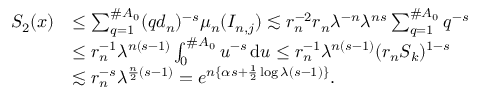
\begin{array} { r l } { S _ { 2 } ( x ) } & { \le \sum _ { q = 1 } ^ { \# A _ { 0 } } ( q d _ { n } ) ^ { - s } \mu _ { n } ( I _ { n , j } ) \lesssim r _ { n } ^ { - 2 } r _ { n } \lambda ^ { - n } \lambda ^ { n s } \sum _ { q = 1 } ^ { \# A _ { 0 } } q ^ { - s } } \\ & { \le r _ { n } ^ { - 1 } \lambda ^ { n ( s - 1 ) } \int _ { 0 } ^ { \# A _ { 0 } } u ^ { - s } \, \mathrm { d } u \le r _ { n } ^ { - 1 } \lambda ^ { n ( s - 1 ) } ( r _ { n } S _ { k } ) ^ { 1 - s } } \\ & { \lesssim r _ { n } ^ { - s } \lambda ^ { \frac { n } { 2 } ( s - 1 ) } = e ^ { n \{ \alpha s + \frac { 1 } { 2 } \log \lambda ( s - 1 ) \} } . } \end{array}